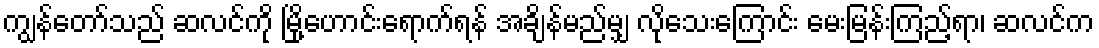
ကျွန်တော်သည် ဆလင်ကို မြို့ဟောင်းရောက်ရန် အချိန်မည်မျှ လိုသေးကြောင်း မေးမြန်းကြည့်ရာ၊ ဆလင်က